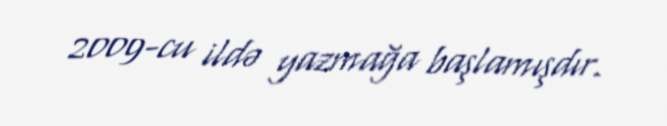
2009-cu ildə yazmağa başlamışdır.